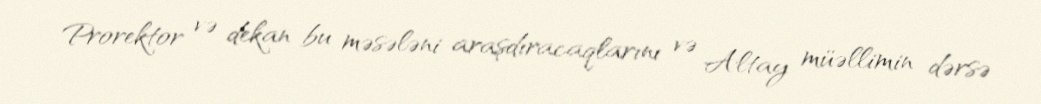
Prorektor və dekan bu məsələni araşdıracaqlarını və Altay müəllimin dərsə